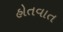
હોતવાત